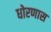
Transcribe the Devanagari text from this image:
धोरणास